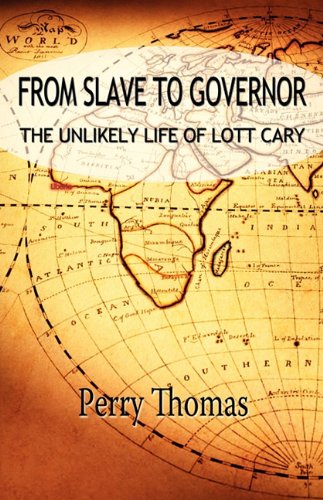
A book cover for From Slave to Governor: the Unlikely Life of Lott Cary; Perry Thomas; Literature & Fiction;